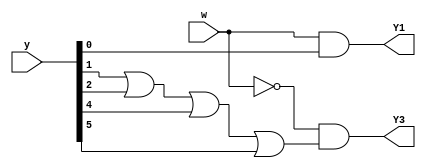
module top_module (
    input [5:0] y,
    input w,
    output Y1,
    output Y3
);

    //-------------Internal Constants-----------------
    parameter A=0, B=1, C=2, D=3, E=4, F=5;  //Bit positions of one hot encoding used
    
    // Output logic - Combinational output logic 
    // Y1 = w * y[0]
    assign Y1 = w & y[A] ;  
    // Y3 = ~w * (y[1] + y[2] + y[4] + y[5])
    assign Y3 = ~w & (y[B] | y[C] | y[E] | y[F]) ;        
    
endmodule